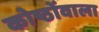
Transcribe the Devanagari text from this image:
कोष्ठोंवाला